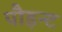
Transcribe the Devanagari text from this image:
पौइन्ट